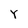
Character: Y